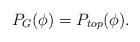
LaTeX: \begin{align*} P_G(\phi) = P_{top}(\phi).\end{align*}